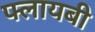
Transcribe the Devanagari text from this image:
फ्लायबी